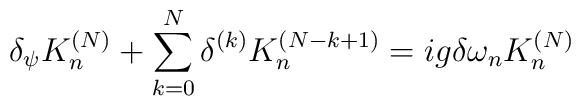
\delta_\psi K^{(N)}_n+\sum_{k=0}^N\delta^{(k)}K^{(N-k+1)}_n=ig\delta\omega_nK_n^{(N)}